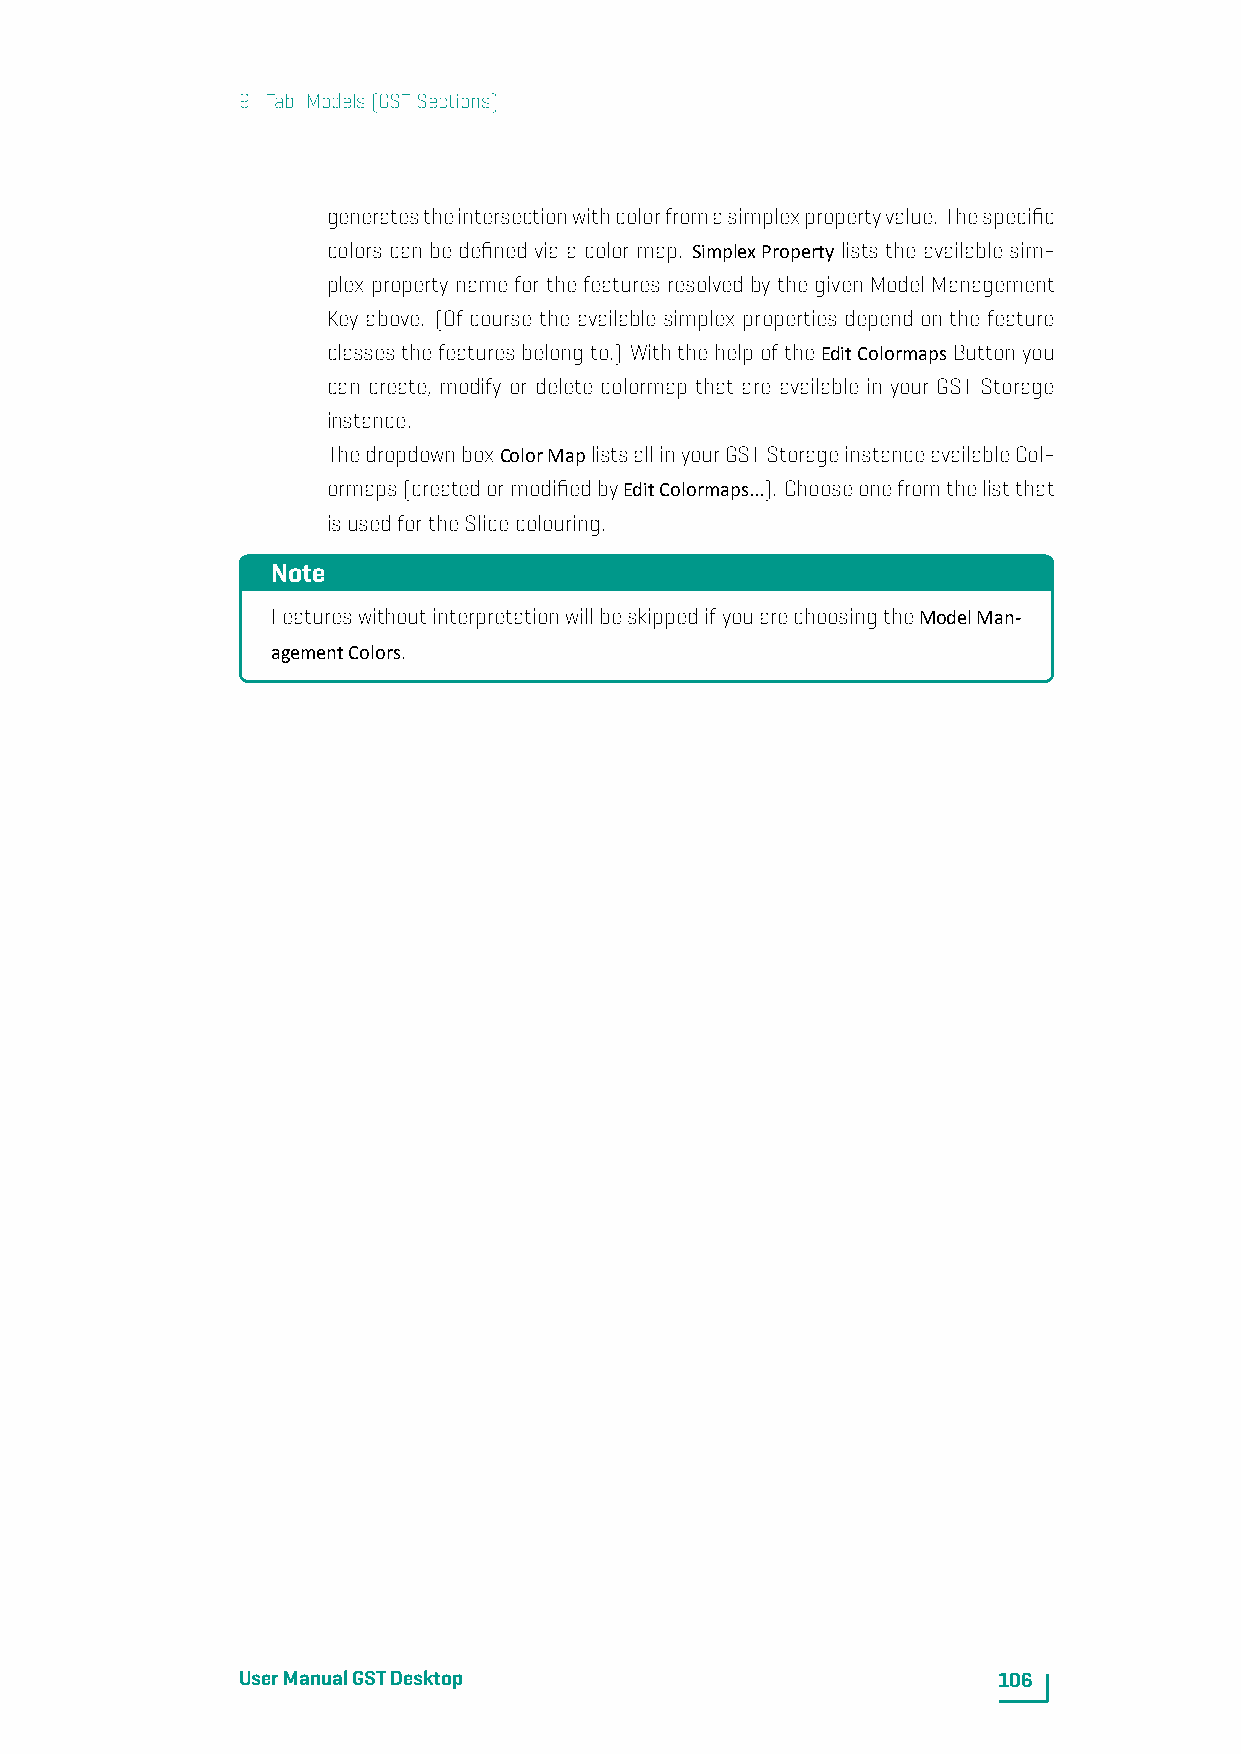
9. Tab: Models(GSTSections)
 generatestheintersectionwithcolorfromasimplexpropertyvalue. Thespecific
 colors can be defined via a color map. SimplexProperty lists the available sim-
 plex property name for the features resolved by the given Model Management
 Key above. (Of course the available simplex properties depend on the feature
 classesthefeaturesbelongto.) WiththehelpoftheEditColormapsButtonyou
 can create, modify or delete colormap that are available in your GST Storage
 instance.
 ThedropdownboxColorMaplistsallinyourGSTStorageinstanceavailableCol-
 ormaps(createdormodifiedbyEditColormaps...). Chooseonefromthelistthat
 isusedfortheSlicecolouring.
 Note
 FeatureswithoutinterpretationwillbeskippedifyouarechoosingtheModelMan-
 agementColors.
 UserManualGSTDesktop                              106